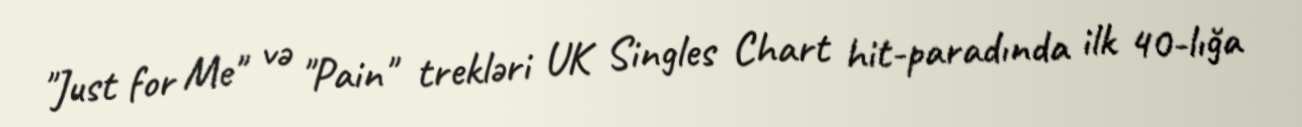
"Just for Me" və "Pain" trekləri UK Singles Chart hit-paradında ilk 40-lığa